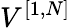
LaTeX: V^{[{1},{N}]}